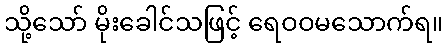
သို့သော် မိုးခေါင်သဖြင့် ရေဝဝမသောက်ရ။